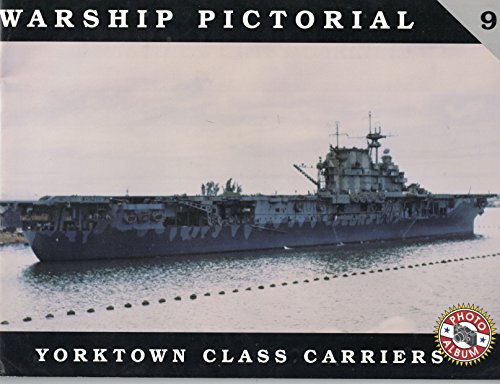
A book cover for Warship Pictorial No. 9 - Yorktown Class Carriers; Steve Wiper; Arts & Photography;